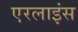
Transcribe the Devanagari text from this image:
एरलाइंस